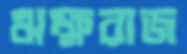
ঋক্ষরাজ